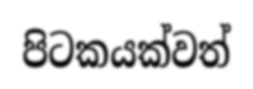
පිටකයක්වත්